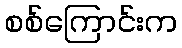
စစ်ကြောင်းက